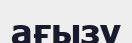
ағызу